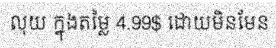
លុយ ក្នុងតម្លៃ 4.99$ ដោយមិនមែន